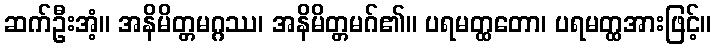
ဆက်ဦးအံ့။ အနိမိတ္တမဂ္ဂဿ၊ အနိမိတ္တမဂ်၏။ ပရမတ္ထတော၊ ပရမတ္ထအားဖြင့်။